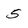
Character: 5